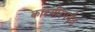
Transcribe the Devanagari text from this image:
काश्मीरपर्यंत